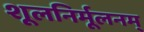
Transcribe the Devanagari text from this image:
शूलनिर्मूलनम्